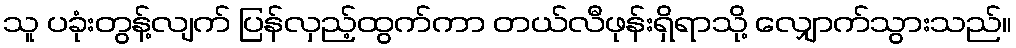
သူ ပခုံးတွန့်လျက် ပြန်လှည့်ထွက်ကာ တယ်လီဖုန်းရှိရာသို့ လျှောက်သွားသည်။